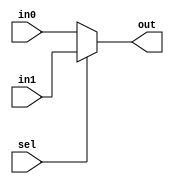
`timescale 1ns / 1ns
module mux2to1(out,in1,in0,sel);
    input [11:0]in0;
    input [11:0]in1;
    input sel;
    output reg [11:0]out;
    always@(*)
        begin
            if(sel == 1)
                out <= in1;
            else
                out <= in0;
        end  
endmodule